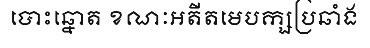
បោះឆ្នោត ខណៈអតីតមេបក្សប្រឆាំង